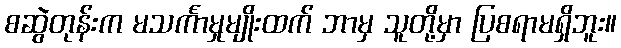
စဆွဲတုန်းက မသင်္ကာမှုမျိုးထက် ဘာမှ သူတို့မှာ ပြစရာမရှိဘူး။